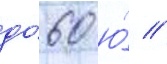
до́ 60 ю́ //